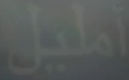
أَمليل